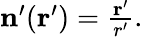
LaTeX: \begin{array}{r}{\mathbf{n}^{\prime}(\mathbf{r}^{\prime})=\frac{\mathbf{r}^{\prime}}{r^{\prime}}.}\end{array}